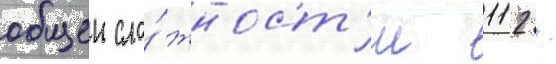
общеи сло́жност'и 112 /